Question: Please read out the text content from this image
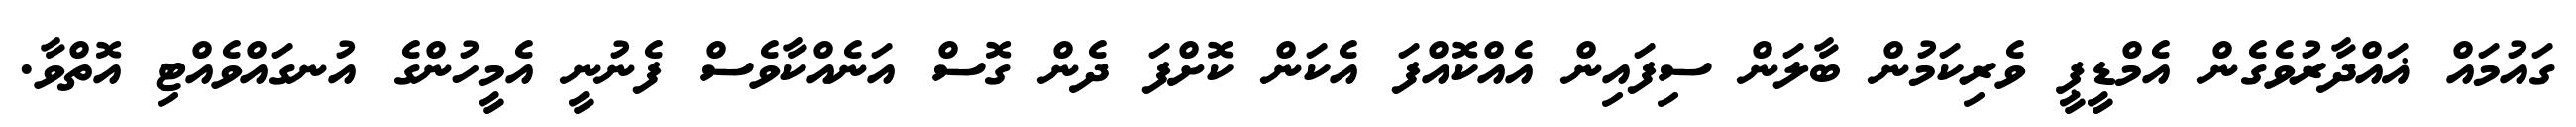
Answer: ގައުމައް ޣައްދާރުވެގެން އެމްޑީޕީ ވެރިކަމުން ބާލަން ސިފައިން އެއްކޮއްފަ އެކަން ކޮށްފަ ދެން ގޮސް އަނެއްކާވެސް ފެނުނީ އެމީހުންގެ އުނގައްވެއްޓި އޮތްވާ.